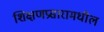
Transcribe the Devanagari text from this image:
शिक्षणप्रसारामधील